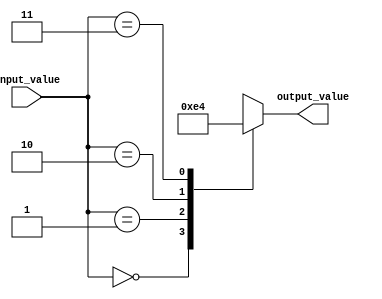
module full_case_statement (
    input [1:0] input_value,
    output reg [1:0] output_value
);

always @* begin
    case(input_value)
        2'b00: output_value = 2'b11;
        2'b01: output_value = 2'b10;
        2'b10: output_value = 2'b01;
        2'b11: output_value = 2'b00;
        default: output_value = 2'b00;
    endcase
end

endmodule